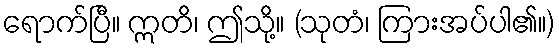
ရောက်ပြီ။ ဣတိ၊ ဤသို့။ (သုတံ၊ ကြားအပ်ပါ၏။)